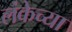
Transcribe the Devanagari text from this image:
लंकेच्या